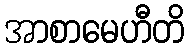
အာစာမေဟီတိ